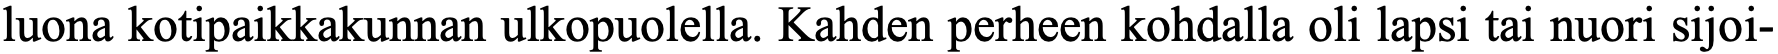
luona kotipaikkakunnan ulkopuolella. Kahden perheen kohdalla oli lapsi tai nuori sijoi-